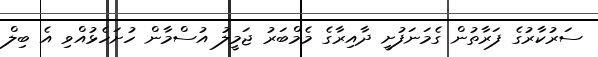
ސަރުކާރުގެ ފަރާތުން ގެމަނަފުށީ ދާއިރާގެ މެމްބަރު ޖަމީލު އުސްމާން ހުށަހެޅުއްވި އެ ބިލް